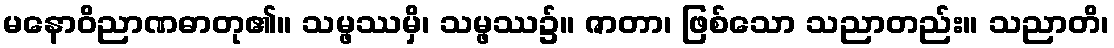
မနောဝိညာဏဓာတု၏။ သမ္ဖဿမှိ၊ သမ္ဖဿ၌။ ဇာတာ၊ ဖြစ်သော သညာတည်း။ သညာတိ၊